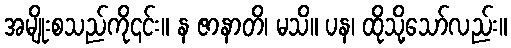
အမျိုးစသည်ကို၎င်း။ န ဇာနာတိ၊ မသိ။ ပန၊ ထိုသို့သော်လည်း။